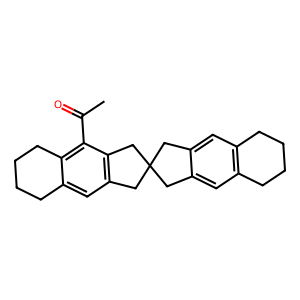
SMILES: CC(=O)c1c2c(cc3c1CC1(Cc4cc5c(cc4C1)CCCC5)C3)CCCC2
Inhibits HIV replication: No